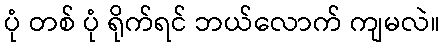
ပုံ တစ် ပုံ ရိုက်ရင် ဘယ်လောက် ကျမလဲ။